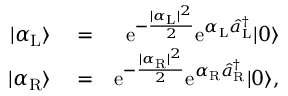
\begin{array} { r l r } { | \alpha _ { \mathrm { L } } \rangle } & { { } = } & { \mathrm { e } ^ { - \frac { | \alpha _ { \mathrm { L } } | ^ { 2 } } { 2 } } \mathrm { e } ^ { \alpha _ { \mathrm { L } } \hat { a } _ { \mathrm { L } } ^ { \dagger } } | 0 \rangle } \\ { | \alpha _ { \mathrm { R } } \rangle } & { { } = } & { \mathrm { e } ^ { - \frac { | \alpha _ { \mathrm { R } } | ^ { 2 } } { 2 } } \mathrm { e } ^ { \alpha _ { \mathrm { R } } \hat { a } _ { \mathrm { R } } ^ { \dagger } } | 0 \rangle , } \end{array}